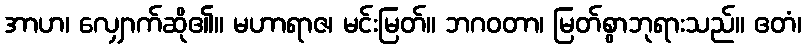
အာဟ၊ လျှောက်ဆို၏။ မဟာရာဇ၊ မင်းမြတ်။ ဘဂဝတာ၊ မြတ်စွာဘုရားသည်။ ဧတံ၊